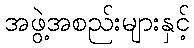
အဖွဲ့အစည်းများနှင့်